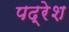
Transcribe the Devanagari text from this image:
पद्रेश